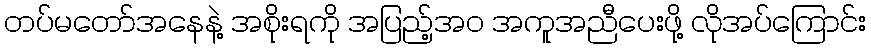
တပ်မတော်အနေနဲ့ အစိုးရကို အပြည့်အ၀ အကူအညီပေးဖို့ လိုအပ်ကြောင်း